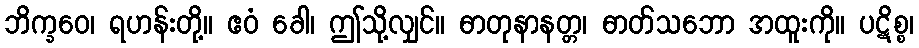
ဘိက္ခဝေ၊ ရဟန်းတို့။ ဧဝံ ခေါ၊ ဤသို့လျှင်။ ဓာတုနာနတ္တ၊ ဓာတ်သဘော အထူးကို။ ပဋိစ္စ၊